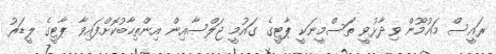
ރައީސް މައުމޫން ވިދާޅުވީ ތަސްމީނަކީ ޕާޓީގެ ގައުމީ ޖަލްސާއިން އިންތިހާބުކޮށްފައިވާ ޕާޓީގެ ލީޑަރު